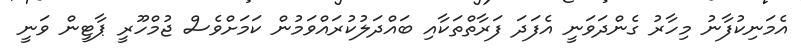
އެމަނިކުފާނު މިހާރު ގެންދަވަނީ އެފަދަ ފަރާތްތަކާއި ބައްދަލުކުރައްވަމުން ކަމަށްވެސް ޖުމްހޫރީ ޕާޓީން ވަނީ